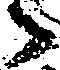
々